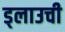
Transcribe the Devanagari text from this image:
ड्लाउची